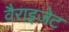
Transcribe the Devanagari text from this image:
वैराइजेट